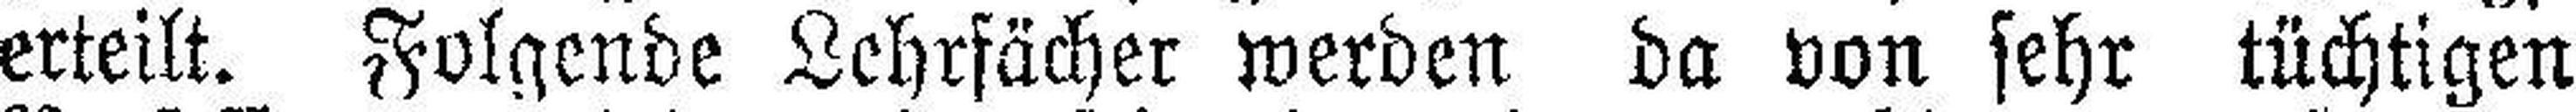
erteilt. Folgende Lehrfächer werden da von sehr tüchtigen